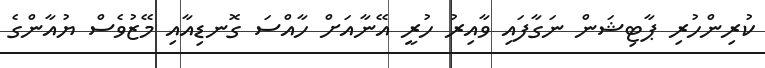
ކުރިންހުރި ޕާޓިޝަން ނަގާފައި ވާއިރު ހުރީ އޭނާއަށް ހާއްސަ ގޮނޑިއާއި މޭޒުވެސް ޔުއާންގެ